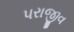
પરાજીવ